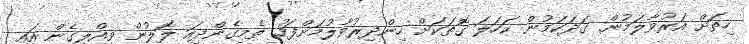
ހިތަށް އަރުވާލަމުން